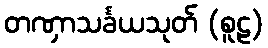
တဏှာသင်္ခယသုတ် (စူဠ)